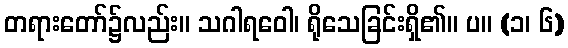
တရားတော်၌လည်း။ သဂါရဝေါ၊ ရိုသေခြင်းရှိ၏။ ပ။ (၁၊ ၆)